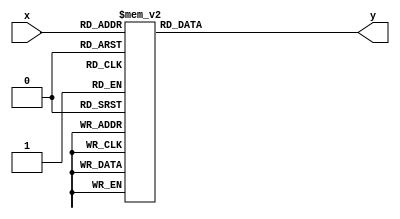
module hexdisplay (x,y);
	input [3:0] x;
	output reg [0:6] y;

	always@(x)
	begin
		case(x)
			0: y=7'b0000001;
			1: y=7'b1001111;
			2: y=7'b0010010;
			3: y=7'b0000110;
			4: y=7'b1001100;
			5: y=7'b0100100;
			6: y=7'b0100000;
			7: y=7'b0001111;
			8: y=7'b0000000;
			9: y=7'b0000100;
			default: y=7'b0000001;
		endcase
	end

endmodule	

module buttonPress(Clock, Set, Reset, Real_Reset, buttonState);
	input Clock, Set, Reset, Real_Reset;
	output reg buttonState;
	
	always@(posedge Clock) begin
		if(~Reset|| ~Real_Reset) begin
			buttonState = 0;
		end
		else if (~Set) begin
			buttonState = 1;
		end
	end
endmodule


module Project3(Clock, Reset, Start_button, Stop_button, LED_on, LED_live, y0, y1, y2, y3);
	input Clock, Reset, Start_button, Stop_button;
	
	output reg LED_on, LED_live;
	output [0:6] y0, y1, y2, y3;
	
	reg [3:0] BCD0, BCD1, BCD2, BCD3;
	
	initial begin
		BCD0 <= 4'b0000;
		BCD1 <= 4'b0000;
		BCD2 <= 4'b0000;
		BCD3 <= 4'b0000;
	end
	
	wire start;
	
	buttonPress str (Clock, Start_button, Stop_button, Reset, start);
	
	reg [18:0]count;
	wire count_max;
	reg start_reaction;
	
	//
	//50MHz to 100Hz
	// Doubt it's working
	always @(posedge Clock) begin
		if (~Reset) begin
			count <= 0;
		end
		else if (count == 500000) begin
			count <= 0;
		end
		else if(start_reaction) begin
			count <= count + 1;
		end
	end
	
	assign count_max = ((count == 500000)?1'b1:1'b0);
	
	
	//
	//LFSR Random Time Generatation
	//
	reg [26:0] rand, rand_next, rand_found;
	reg [4:0] count_r, count_next_r;
	
	wire feedback = rand[26] ^ rand[24];
	 
	always @ (posedge Clock) begin
		if (~Reset) begin
			rand <= 27'hF; // LFSR cannot have all 0 state
			count_r <= 0;
		end
		else begin
			rand <= rand_next;
			count_r <= count_next_r;
		end
	end
	 
	always @ (*) begin
		rand_next = rand;
		count_next_r = count_r;
		
		rand_next = {rand[25:0], feedback}; //shift left then the feedback gets placed in the [0] position
				
		if (count_r == 27) begin
			count_next_r = 0;
			rand_found = rand; //assign the rand number to output after 30 shifts
		end
		else begin
			count_next_r = count_r + 1;
			rand_found = rand; //keep previous value of rand
		end
	end
	//
	// END LFSR Random Time Generatation
	//
	
	wire [26:0] delay_rand;
	assign delay_rand = 50000000 + rand_found;
	reg [26:0] count2rand;
	//	
	//Time reaction!
	//
	always @(posedge Clock) begin
		if (~Reset) begin
			LED_on = 0;
			LED_live = 0;
			count2rand <= 0;
		end
		else if (start) begin
			start_reaction = 1;
			LED_live = 1;
			if (~start) begin
				LED_on <= 1'b0;
			end
			else begin
				if (count2rand == delay_rand) begin

					count2rand <= 0;
					LED_on <= 1'b1;
				end
				else begin
					count2rand <= count2rand + 1'b1;
				end
			end
		end
		else begin
			LED_on = 0;
			LED_live = 0;
		end
	end
	
	
	
	//BCD for seven segment hex display
	//	TIME BELOW
	// 	1.234
	//	BCD0 is far right digit (4), BCD3 is far left digit (1)
	
	always@(posedge Clock) begin
		if (~Reset) begin
			BCD0 <= 4'b0000;
			BCD1 <= 4'b0000;
			BCD2 <= 4'b0000;
			BCD3 <= 4'b0000;
		end
		else if (LED_on) begin
			if (count_max) begin
				if (BCD0 == 4'b1001) begin
					BCD0 <= 4'b0000;
					if (BCD1 == 4'b1001) begin
						BCD1 <= 4'b0000;
						if (BCD2 == 4'b1001) begin
							BCD2 <= 4'b0000;
							if (BCD3 == 4'b1001) begin
								BCD3 <= 4'b0000;
							end
							else begin
								BCD3 <= BCD3 + 1'b1;
							end
						end
						else begin
							BCD2 <= BCD2 + 1'b1;
						end
					end
					else begin
						BCD1 <= BCD1 + 1'b1;
					end
				end
				else begin
					BCD0 <= BCD0 + 1'b1;
				end
			end
		end
	end
	

	//Display number on hexdisplay
	hexdisplay ss0 (BCD0, y0);
	hexdisplay ss1 (BCD1, y1);
	hexdisplay ss2 (BCD2, y2);
	hexdisplay ss3 (BCD3, y3);
endmodule